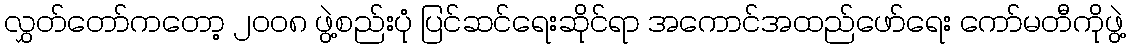
လွှတ်တော်ကတော့ ၂၀၀၈ ဖွဲ့စည်းပုံ ပြင်ဆင်ရေးဆိုင်ရာ အကောင်အထည်ဖော်ရေး ကော်မတီကိုဖွဲ့